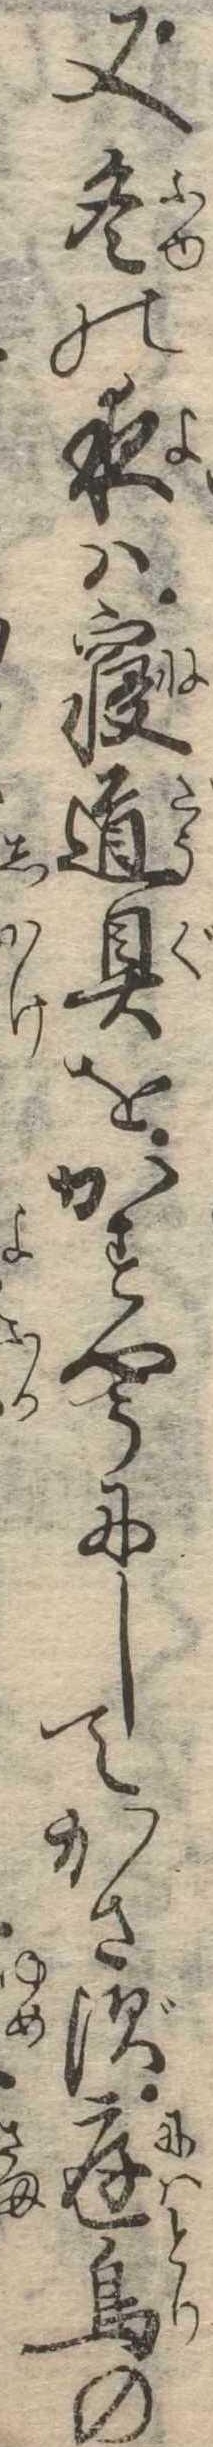
又冬の夜は寝道具をかすやうにしてかさず庭鳥の